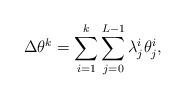
LaTeX: \begin{align*}\Delta \theta^k=\sum_{i=1}^{k} \sum_{j=0}^{L-1}\lambda_j^i \theta_j^i,\end{align*}